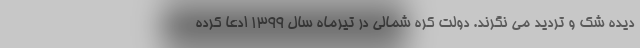
دیده شک و تردید می نگرند. دولت کره شمالی در تیرماه سال 1399 ادعا کرده